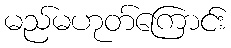
မည်မဟုတ်ကြောင်း